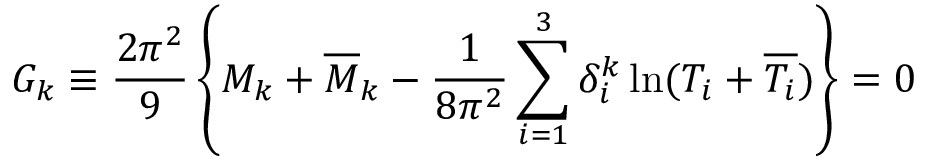
{ \cal G } _ { k } \equiv \frac { 2 \pi ^ { 2 } } { 9 } \left\{ M _ { k } + { \overline { { M } } _ { k } } - \frac { 1 } { 8 \pi ^ { 2 } } \sum _ { i = 1 } ^ { 3 } \delta _ { i } ^ { k } \ln ( T _ { i } + { \overline { { { T _ { i } } } } } ) \right\} = 0